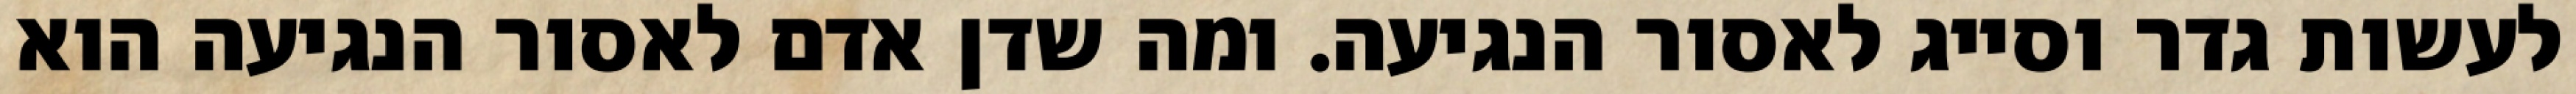
לעשות גדר וסייג לאסור הנגיעה. ומה שדן אדם לאסור הנגיעה הוא